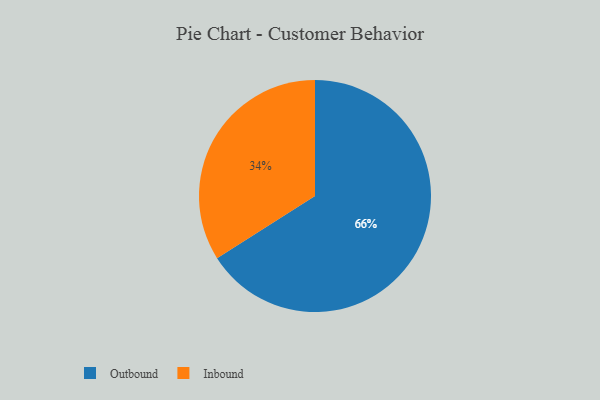
{"axis": {"x": "Category", "y": "Percentage"}, "legend": ["Inbound", "Outbound"], "data": [{"x": "Inbound", "y": 34, "type": "Inbound"}, {"x": "Outbound", "y": 66, "type": "Outbound"}]}